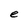
Character: e